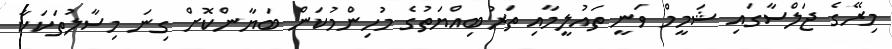
މިރޭގެ ޖަލްސާގައި ޝަމީމް ވަނީ ތައުލީމާއި ތަރުބިއްޔަތުގެ މުހިންމުކަން ބަޔާންކޮށް ގިނަ މިސާލުތަކަކާ